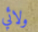
ولائي